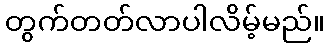
တွက်တတ်လာပါလိမ့်မည်။